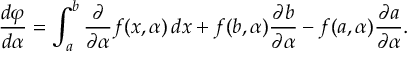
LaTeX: { \frac { d \varphi } { d \alpha } } = \int _ { a } ^ { b } { \frac { \partial } { \partial \alpha } } f ( x , \alpha ) \, d x + f ( b , \alpha ) { \frac { \partial b } { \partial \alpha } } - f ( a , \alpha ) { \frac { \partial a } { \partial \alpha } } .